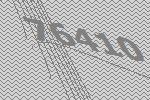
76410